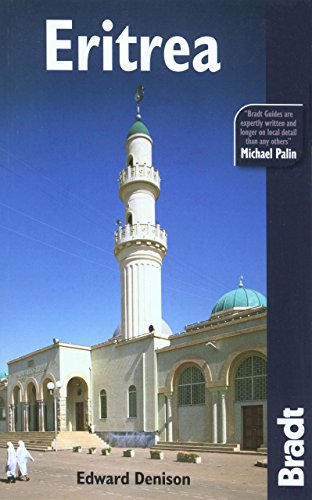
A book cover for Eritrea (Bradt Travel Guide); Edward Denison; Travel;